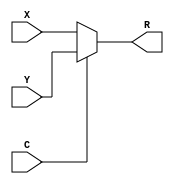
`timescale 1ns / 1ps
`default_nettype none
//////////////////////////////////////////////////////////////////////////////////
// 
// Module Name:    mux_2to1 
// Description:    A 2-to-1 mux. It outputs either X or Y depending on the
//                 value of C.
//
//////////////////////////////////////////////////////////////////////////////////
module mux_2to1(X,Y,C,R);
   // Parameter for width of input and output buses.
   parameter N = 32;

   //port definitions
   input  wire [(N-1):0] X, Y;
   input  wire           C;
   output wire [(N-1):0] R;

   // 2-to-1 mux logic: if C then X else Y.
   assign R = C ? Y : X;

endmodule
`default_nettype wire